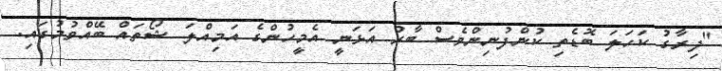
"ދިރާގު ކަހަލަ ބޮޑެތި ކުންފުނިންވެސް ބާރު އަޅަނީ އެމީހުންގެ އަމިއްލަ ޝޯތައް ބޭއްވުމުގައި.